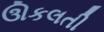
ઊકલતી